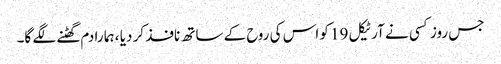
جس روز کسی نے آرٹیکل 19 کو اس کی روح کے ساتھ نافذ کر دیا ، ہما را دم گھٹنے لگے گا۔